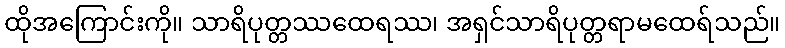
ထိုအကြောင်းကို။ သာရိပုတ္တဿထေရဿ၊ အရှင်သာရိပုတ္တရာမထေရ်သည်။